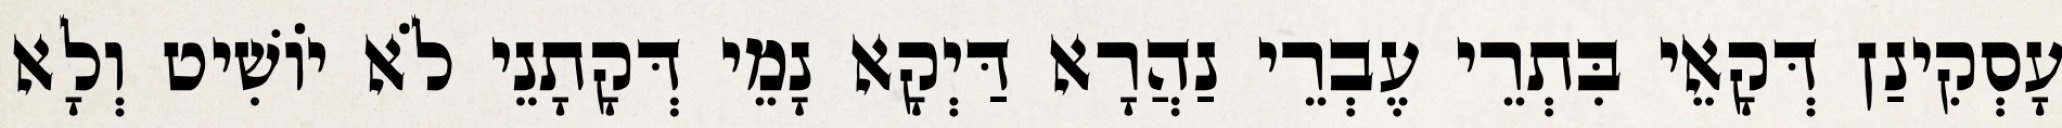
עָסְקִינַן דְּקָאֵי בִּתְרֵי עֶבְרֵי נַהֲרָא דַּיְקָא נָמֵי דְּקָתָנֵי לֹא יוֹשִׁיט וְלָא